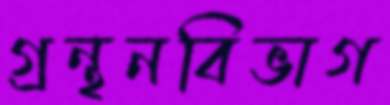
গ্রন্থনবিভাগ